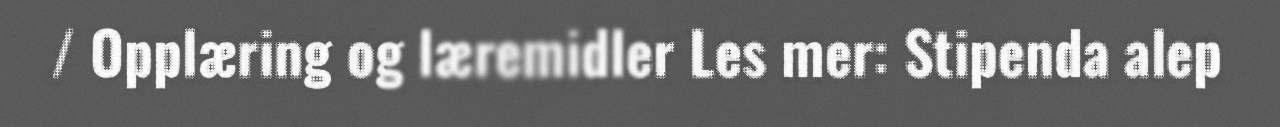
/ Opplæring og læremidler Les mer: Stipenda alep